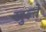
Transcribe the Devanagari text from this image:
खुल्ते